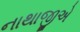
નાથાજીએ